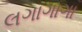
લગાગાગા